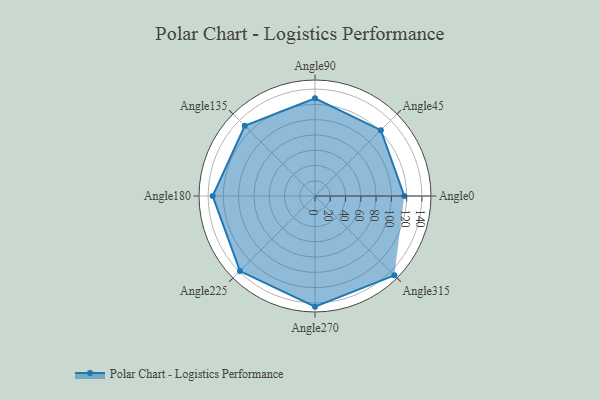
{"axis": {"x": "Angle", "y": "Radius"}, "legend": [""], "data": [{"x": "Angle0", "y": 117.0, "type": ""}, {"x": "Angle45", "y": 122.0, "type": ""}, {"x": "Angle90", "y": 128.0, "type": ""}, {"x": "Angle135", "y": 130.0, "type": ""}, {"x": "Angle180", "y": 134.0, "type": ""}, {"x": "Angle225", "y": 139.0, "type": ""}, {"x": "Angle270", "y": 145.0, "type": ""}, {"x": "Angle315", "y": 147.0, "type": ""}]}